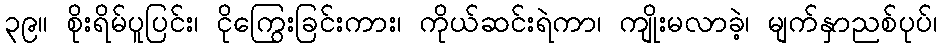
၃၉။ စိုးရိမ်ပူပြင်း၊ ငိုကြွေးခြင်းကား၊ ကိုယ်ဆင်းရဲကာ၊ ကျိုးမလာခဲ့၊ မျက်နှာညစ်ပုပ်၊